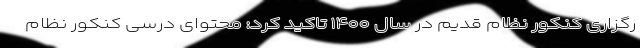
رگزاری کنکور نظام قدیم در سال ۱۴۰۰ تاکید کرد: محتوای درسی کنکور نظام